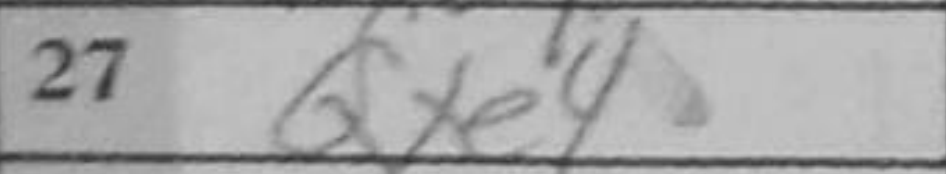
Transcription: Qxe4